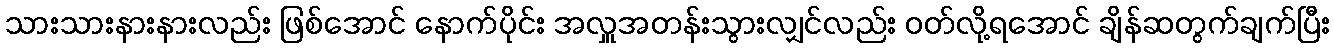
သားသားနားနားလည်း ဖြစ်အောင် နောက်ပိုင်း အလှူအတန်းသွားလျှင်လည်း ဝတ်လို့ရအောင် ချိန်ဆတွက်ချက်ပြီး